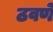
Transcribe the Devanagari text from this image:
ठवणे